King Institute of Preventive Medicine Micro-Biological Section reports 1909-11
Year: 1909
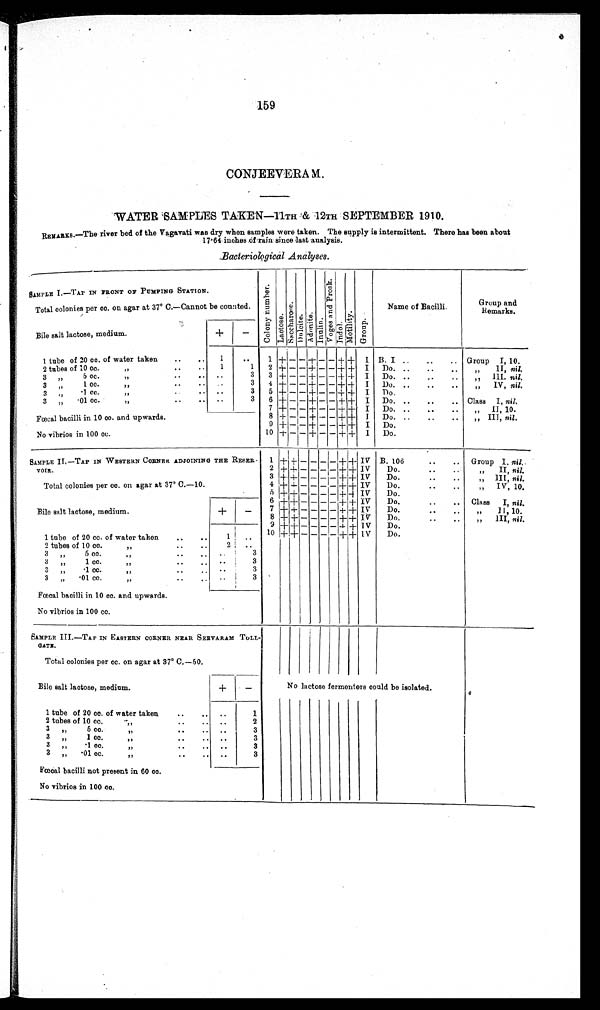
159
CONJEEVERAM.
WATER SAMPLES TAKEN
—11TH & 12TH SEPTEMBER 1910.
REMARKS.—The river bed of the Vagavati was dry when samples were taken. The supply is intermittent. There has been about
17.64 inches of rain since last analysis.
Bacteriological Analyses.
SAMPLE I.—TAP IN FRONT OF PUMPING STATION.
C o l o n y n u m b e r .
Lact ose.Sacchar os e. Dulcite.Adoni t e. I n u l i n . V o g e s a n d P r o s k . Indol.Motility.Group.
Name of Bacilli.
Group and
Remarks.
Total colonies per cc. on agar at 37° C.—Cannot be counted.
Bile salt lactose, medium.
+
−
1 tube of 20 cc. of water taken
1
1
+
−
−
+
− − + + I B. I
Group I, 10.
2 tubes of 10 cc. „
1
1
2
+
− −
+
− −
+
+
I
Do.
„ II, nil.
3
„
5 cc.„
3
3 + − −
+
− − +
+
I
Do.
„III, nil.
3
„
1 cc.„
3
4
+
− − + − − +
+
I
Do.
„IV, nil.
3
„
.1 cc.„
3
5 + − − + − −
+
+
I
Do.
3
„
.01 cc.„
3
6 + − − + − − + + I
Do.
Class I, nil.
7
+
− −
+
− −
+
+
I
Do.
„ II
, 10.
Fœcal bacilli in 10 cc. and upwards.
8
+
− − + − − +
+
I
Do.
„III , nil .
9 + − −
+
− − + + I
Do.
No vibrios in 100 cc.
10
+ − − + − −
+
+
I
Do.
SAMPLE II.—TAP IN WESTERN CORNER ADJOINING THE RESER
VOIR.
1
+ +
− − −
−
+
+
IV B. 106
Group I. nil .
2 +
+
− − − − +
+
IV
Do.
„ II, nil.
3
+ +
− − − − +
+
IV
Do.
„ III, nil.
Total colonies per cc. on agar at 37° C.—10.
4 +
+
− − − − +
+
IV
Do.
„ IV, 10.
5 + + − − − − +
+
IV
Do.
6 + + − − − − + + IV
Do.
Class I, nil.
Bile salt lactose, medium.
+
−
7 +
+
− − − − +
+
IV
Do.
„II, 10.
8 +
+
− − − −
+ +
IV
Do.
„III, nil.
9
+ + − − − −
+
+ IV
Do.
1 tube of 20 cc. of water taken.
1
10
+
+ − − − −
+
+
IV
Do.
2 tubes of 10 cc. „
2
3 „ 5 cc.
„
3
3 „ 1 cc.
„
3
3 „ ·1 cc.
„
3
3 „ ·01 cc.
3
Fœcal bacilli in 10 cc. and upwards.
No vibrios in 100 cc.
SAMPLE
III
.—TAP IN EASTERN CORNER NEAR SEEVARA
M TOLLGATE.
Total colonies per cc. on agar at 37° C.
—50.
Bile salt lactose, medium.
+
−
No lactose fermenters could be isolated.
1 tube of 20 cc. of water taken
1
2 tubes of 10 cc.
„
2
3 „5 cc.
„
3
3 „ 1 cc.
„
3
3 „ ·1 cc.
„
3
3 „ ·01 cc.,,
3
Fœcal bacilli not present in 60 cc.
No vibrios in 100 cc
.